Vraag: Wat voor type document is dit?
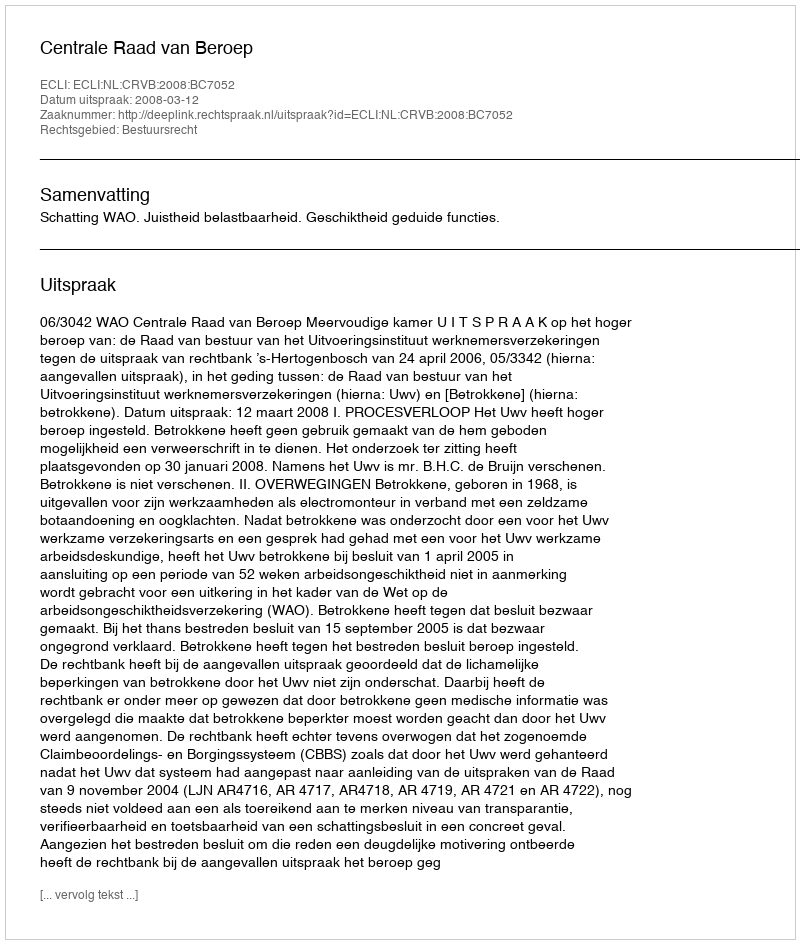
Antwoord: Uitspraak